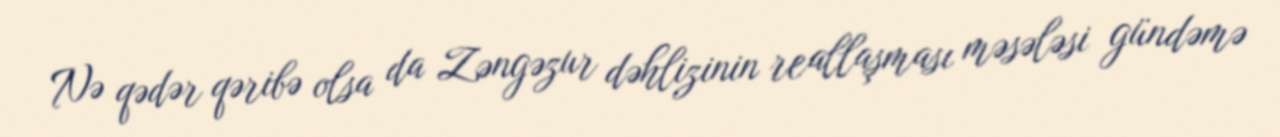
Nə qədər qəribə olsa da Zəngəzur dəhlizinin reallaşması məsələsi gündəmə